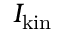
I _ { \mathrm { k i n } }